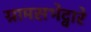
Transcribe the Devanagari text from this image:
ग्रामसभेद्वारे